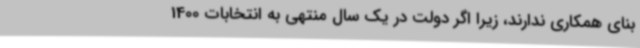
بنای همکاری ندارند، زیرا اگر دولت در یک سال منتهی به انتخابات 1400